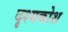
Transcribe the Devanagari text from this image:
दृश्यकोश